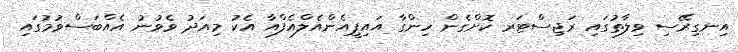
އިނގިރޭސި ވިލާތުގައި ރަޖިސްޓަރ ކޮށްގެން ހިންގާ އައިޕީއެންއެލްއެފްއާ އެކު މިއަދު ވެވުނު އެއްބަސްވުމުގައި